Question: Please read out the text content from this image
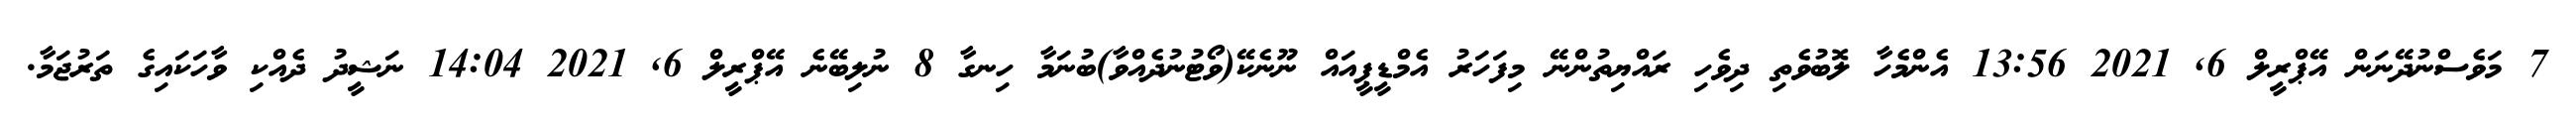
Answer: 7 މަވެސްނުދޭނަން އޭޕްރީލް 6, 2021 13:56 އެންމެހާ ލޮބުވެތި ދިވެހި ރައްޔިތުންނޭ މިފަހަރު އެމްޑީޕީއައް ނޫނެކޭ(ވޯޓުނުދެއްވާ)ބުނަމާ ހިނގާ 8 ނުލިބޭނެ އޭޕްރީލް 6, 2021 14:04 ނަޝީދު ދެއްކި ވާހަކައިގެ ތަރުޖަމާ.